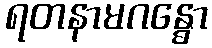
ရတနာမဂန္ဓော